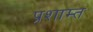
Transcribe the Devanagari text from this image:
प्रशाम्त